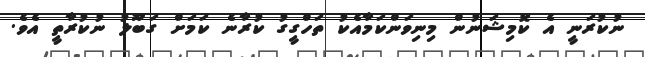
ނުކުރަނީ އެ ކޮމިޝަނުން މިނިވަންކަމާއެކު ތަހްގީގު ކުރާނެ ކަމަށް ގަބޫލު ނުކުރާތީ އެވެ.